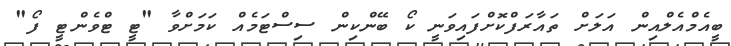
ބީއެމްއެލްއިން އަލަށް ތައާރަފްކޮށްފައިވަނީ ކޯ ބޭންކިން ސިސްޓަމެއް ކަމަށްވާ "ޓީ ޓްވެންޓީ ފޯ"